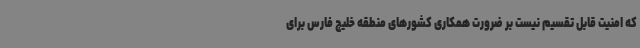
که امنیت قابل تقسیم نیست بر ضرورت همکاری کشورهای منطقه خلیج فارس برای